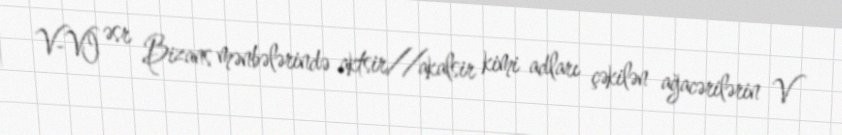
V-VI əsr Bizans mənbələrində aktsir//akalsir kimi adları çəkilən ağacərilərin V